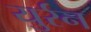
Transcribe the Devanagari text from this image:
युर्रन